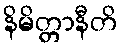
နိမိတ္တာနီတိ